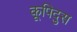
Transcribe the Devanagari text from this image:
कूपिदुस